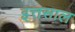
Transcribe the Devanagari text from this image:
इत्तसाल